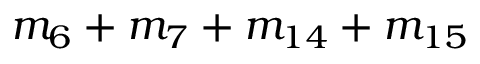
m _ { 6 } + m _ { 7 } + m _ { 1 4 } + m _ { 1 5 }